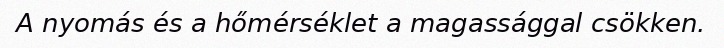
A nyomás és a hőmérséklet a magassággal csökken.